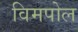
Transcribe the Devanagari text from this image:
विमपोल